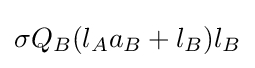
\sigma Q_{B}(l_{A}a_{B}+l_{B})l_{B}